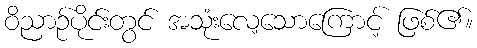
ဝိညာဉ်ပိုင်းတွင် အသုံးလေ့သောကြောင့် ဖြစ်၏။